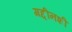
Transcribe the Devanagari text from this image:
गद्दीनशीं